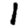
Digit: 1